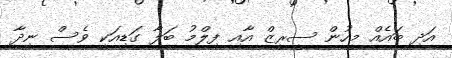
އަދި ބައެއް މީހުން ސީރީޒް އާއި ފިލްމު ބަލާ ގަޑިއަކީ ވެސް ނިދާ